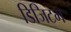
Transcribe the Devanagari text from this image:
डिजिटम